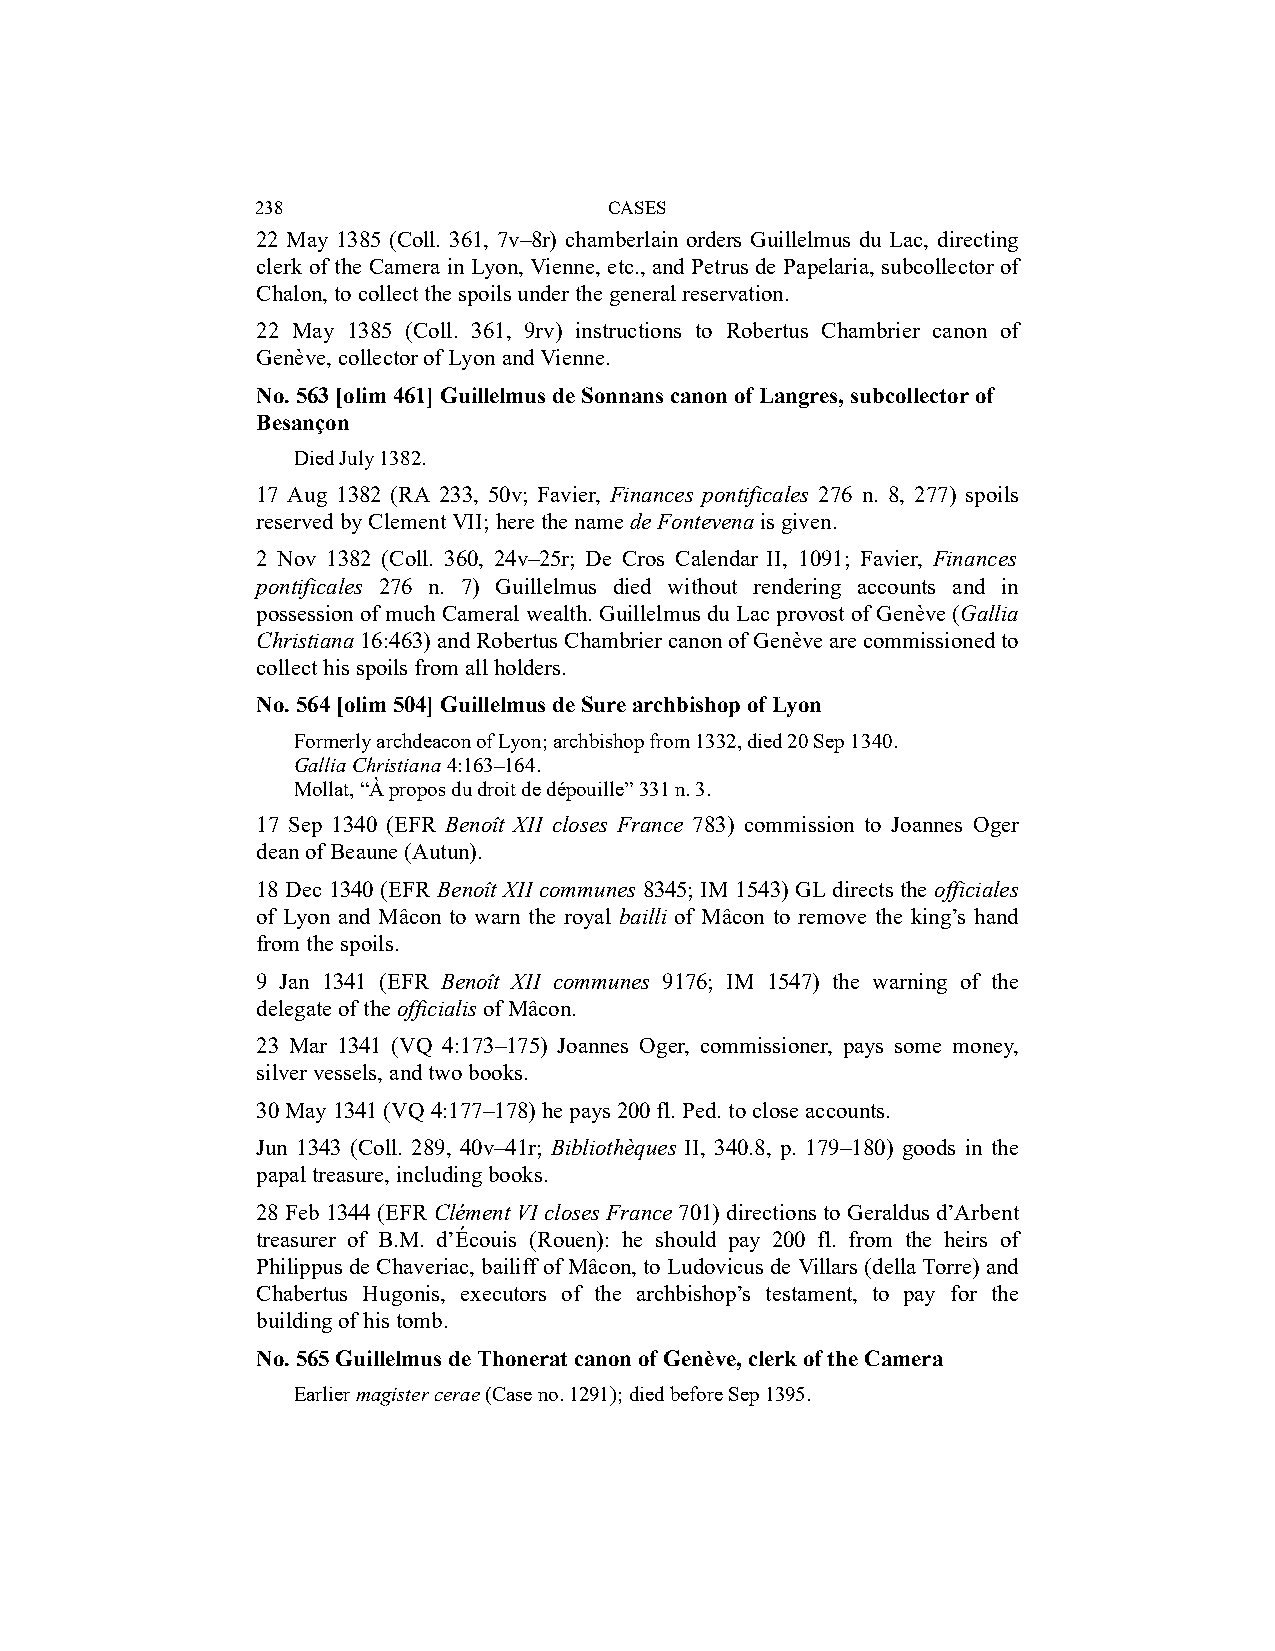
238                    CASES
 22 May 1385 (Coll. 361, 7v–8r) chamberlain orders Guillelmus du Lac, directing
 clerk of the Camera in Lyon, Vienne, etc., and Petrus de Papelaria, subcollector of
 Chalon, to collect the spoils under the general reservation.
 22 May 1385 (Coll. 361, 9rv) instructions to Robertus Chambrier canon of
 Genève, collector of Lyon and Vienne.
 No. 563 [olim 461] Guillelmus de Sonnans canon of Langres, subcollector of
 Besançon
 Died July 1382.
 17 Aug 1382 (RA 233, 50v; Favier, Finances pontificales 276 n. 8, 277) spoils
 reserved by Clement VII; here the name de Fontevena is given.
 2 Nov 1382 (Coll. 360, 24v–25r; De Cros Calendar II, 1091; Favier, Finances
 pontificales 276 n. 7) Guillelmus died without rendering accounts and in
 possession of much Cameral wealth. Guillelmus du Lac provost of Genève (Gallia
 Christiana 16:463) and Robertus Chambrier canon of Genève are commissioned to
 collect his spoils from all holders.
 No. 564 [olim 504] Guillelmus de Sure archbishop of Lyon
 Formerly archdeacon of Lyon; archbishop from 1332, died 20 Sep 1340.
 Gallia Christiana 4:163–164.
 Mollat, “À propos du droit de dépouille” 331 n. 3.
 17 Sep 1340 (EFR Benoît XII closes France 783) commission to Joannes Oger
 dean of Beaune (Autun).
 18 Dec 1340 (EFR Benoît XII communes 8345; IM 1543) GL directs the officiales
 of Lyon and Mâcon to warn the royal bailli of Mâcon to remove the king’s hand
 from the spoils.
 9 Jan 1341 (EFR Benoît XII communes 9176; IM 1547) the warning of the
 delegate of the officialis of Mâcon.
 23 Mar 1341 (VQ 4:173–175) Joannes Oger, commissioner, pays some money,
 silver vessels, and two books.
 30 May 1341 (VQ 4:177–178) he pays 200 fl. Ped. to close accounts.
 Jun 1343 (Coll. 289, 40v–41r; Bibliothèques II, 340.8, p. 179–180) goods in the
 papal treasure, including books.
 28 Feb 1344 (EFR Clément VI closes France 701) directions to Geraldus d’Arbent
 treasurer of B.M. d’Écouis (Rouen): he should pay 200 fl. from the heirs of
 Philippus de Chaveriac, bailiff of Mâcon, to Ludovicus de Villars (della Torre) and
 Chabertus Hugonis, executors of the archbishop’s testament, to pay for the
 building of his tomb.
 No. 565 Guillelmus de Thonerat canon of Genève, clerk of the Camera
 Earlier magister cerae (Case no. 1291); died before Sep 1395.